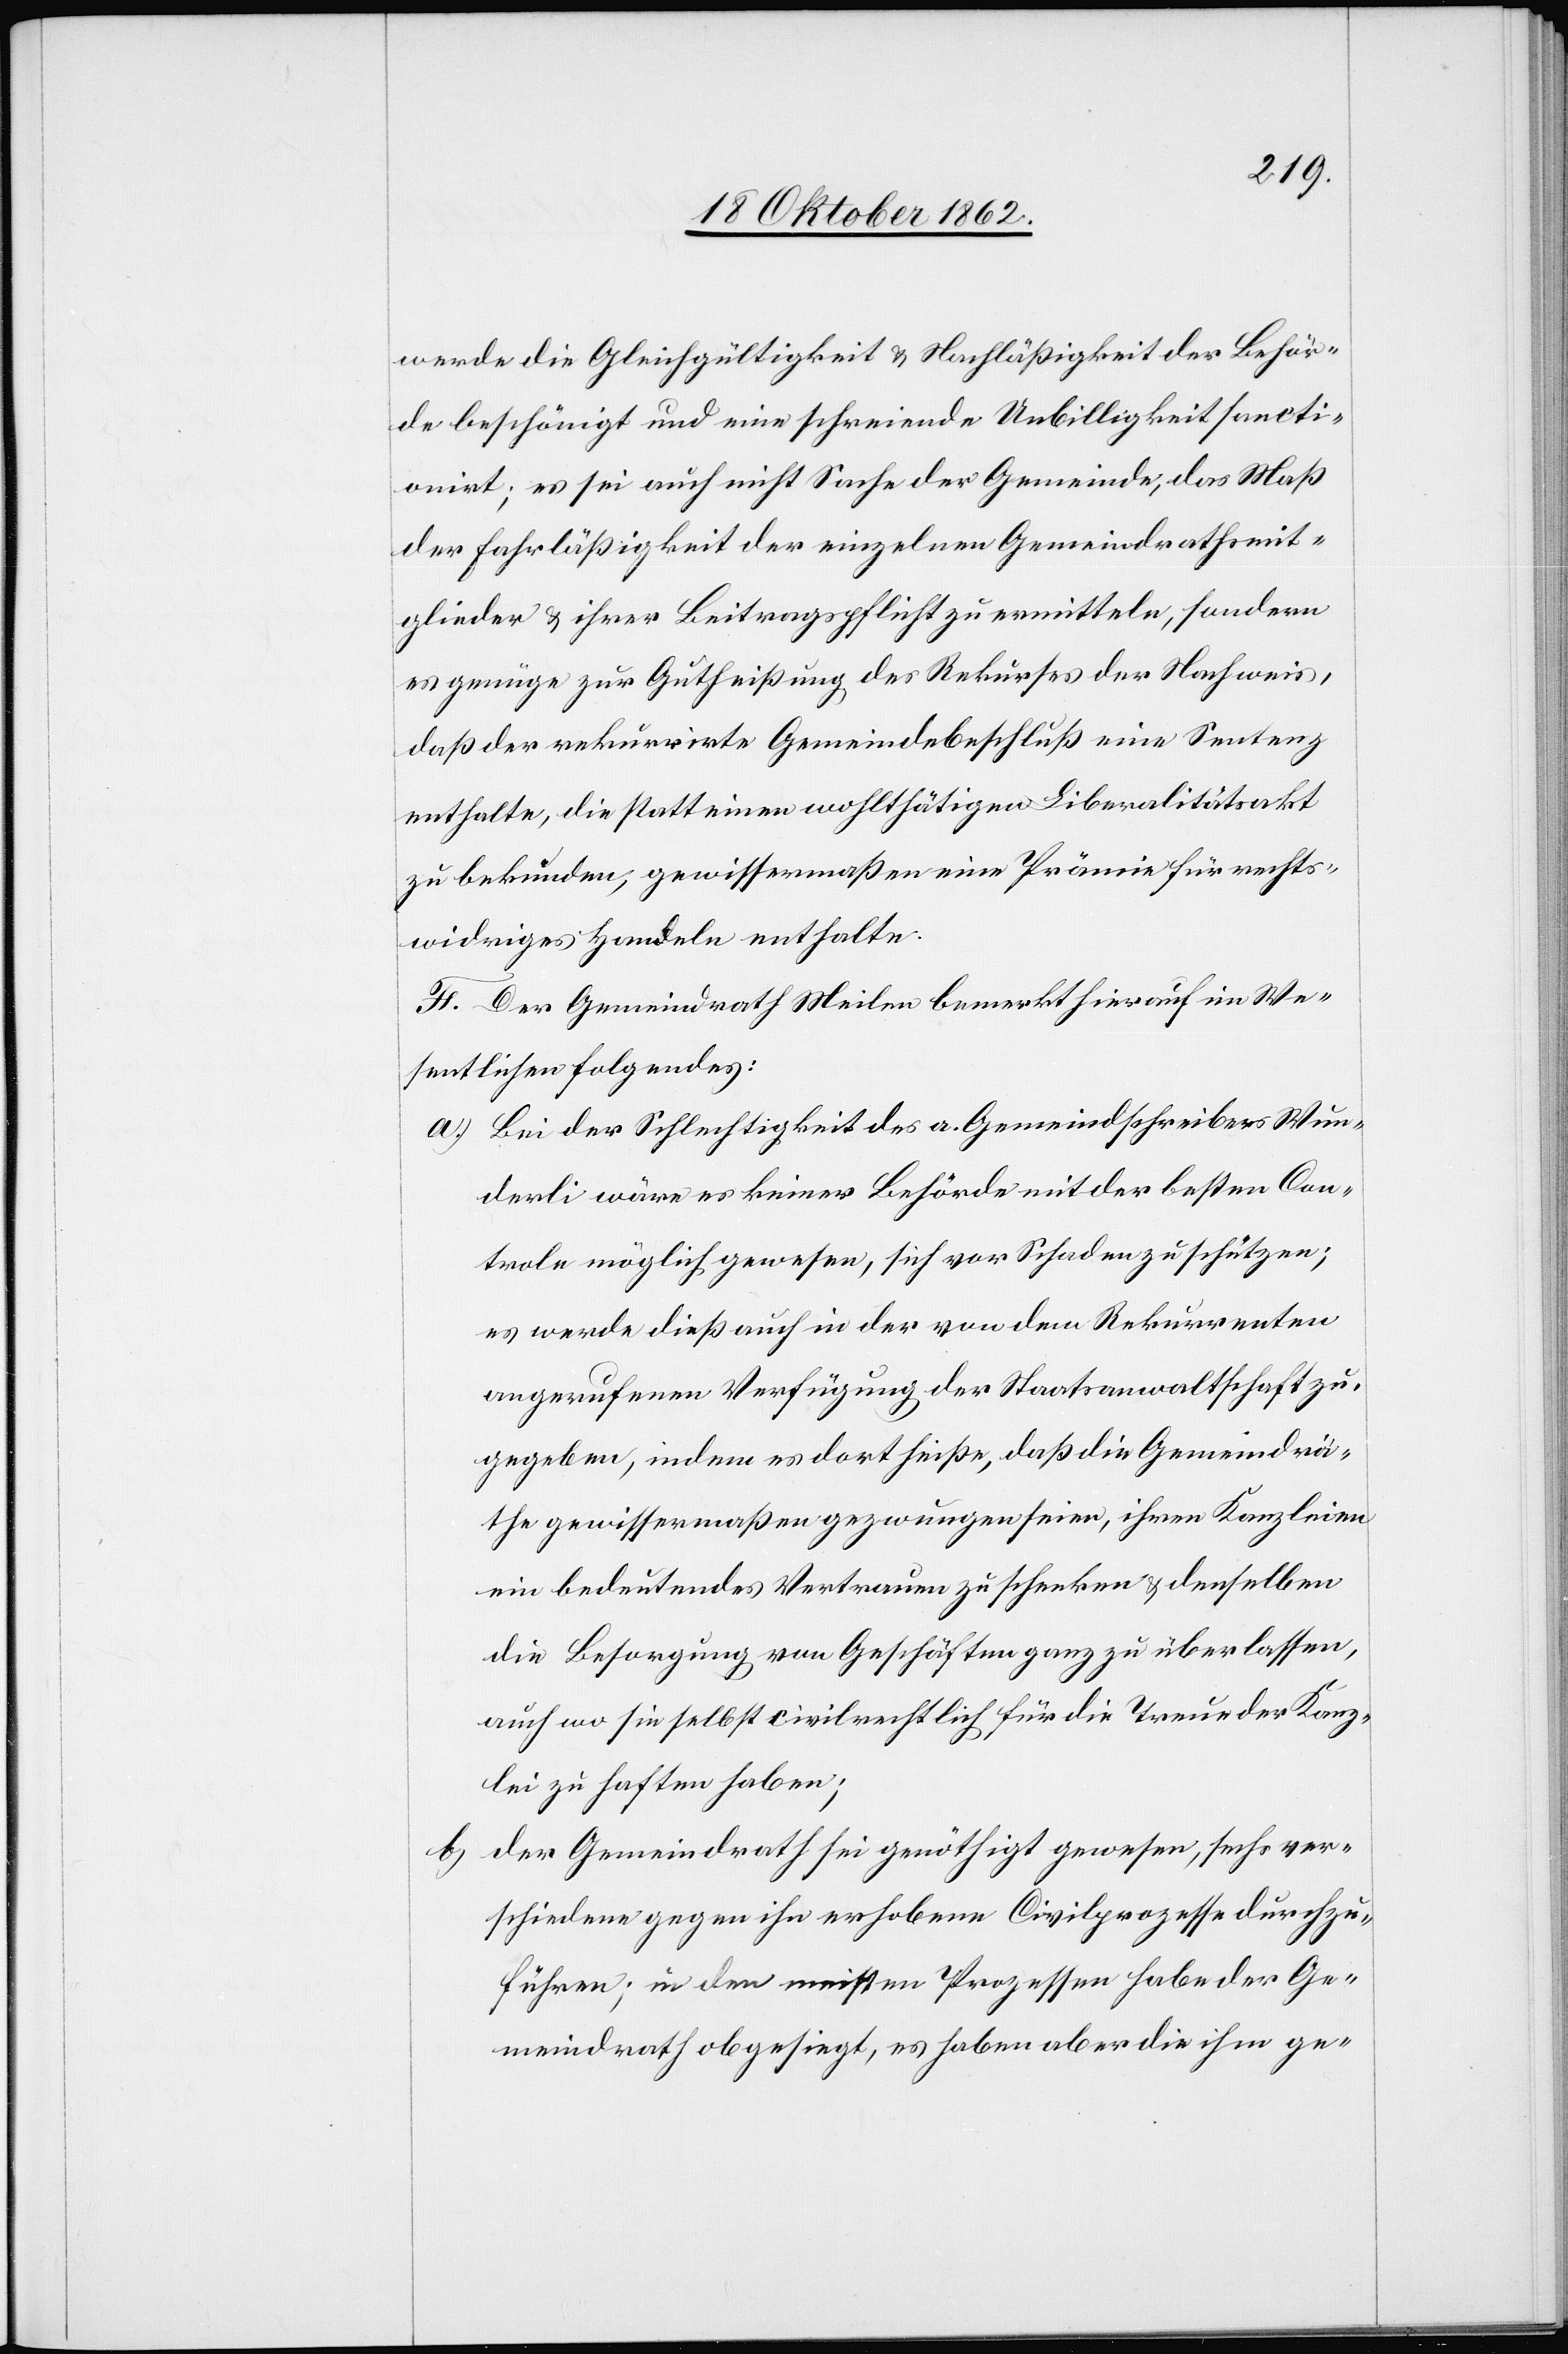
b)

werde die Gleichgültigkeit u. Nachläßigkeit der Behör¬
de beschönigt und eine schreiende Unbilligkeit sancti¬
onirt; es sei auch nicht Sache der Gemeinde, das Maß
der Fahrläßigkeit der einzelnen Gemeindrathsmit¬
glieder u. ihrer Beitragspflicht zu ermitteln, sondern
es genüge zur Gutheißung des Rekurses der Nachweis,
daß der rekurrirte Gemeindebeschluß eine Sentenz
enthalte, die statt einen wohlthätigen Liberalitätsakt
zu bekunden, gewissermaßen eine Prämie für rechts¬
widriges Handeln enthalte.
F. Der Regierungsrath Meilen bemerkt hierauf im We¬
sentlichen folgendes:
a) Bei der Schlechtigkeit des a. Gemeindschreibers Wun¬
derli wäre es keiner Behörde mit der besten Con¬
trole möglich gewesen, sich vor Schaden zu schützen,
es werde dieß auch in der von dem Rekurrenten
angerufenen Verfügung der Staatsanwaltschaft zu¬
gegeben, indem es dort heiße, daß die Gemeindrä¬
the gewissermaßen gezwungen seien, ihren Kanzleien
ein bedeutendes Vertrauen zu schenken u. denselben
die Besorgung von Geschäften ganz zu überlassen,
auch wo sie selbst civilrechtlich für die Treue der Kanz¬
lei zu haften haben;
Der Gemeindrath sei genöthigt gewesen, sechs ver¬
schiedene gegen ihn erhobene Civilprozesse durchzu¬
führen; in den meisten Prozessen habe der Ge¬
meindrath obgesiegt, es haben aber die ihm ge-